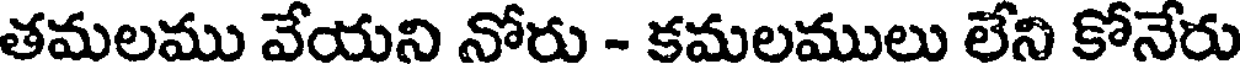
తమలము వేయని నోరు - కమలములు లేని కోనేరు